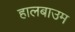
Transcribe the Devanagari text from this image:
हालबाउम